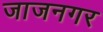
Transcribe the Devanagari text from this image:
जाजनगर